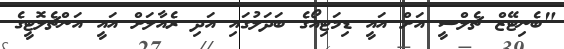
"ބެނިޓޭޒް ޗެލްސީ އަށް އައީ ޑިމަޓިއޯގެ ބަދަލުގައި އަދި ރެއާލަށް އައީ އަންޗެލޮޓީގެ